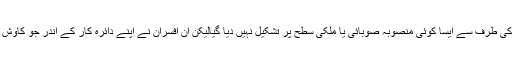
پنجاب یا وفاقی حکومت کی طرف سے ایسا کوئی منصوبہ صوبائی یا ملکی سطح پر تشکیل نہیں دیا گیالیکن ان افسران نے اپنے دائرہ کار کے اندر جو کاوش کی ہے وہ قابل تقلید ہے۔